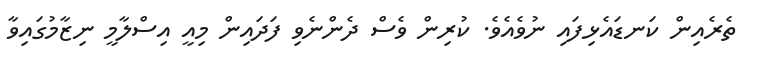
ތެރެއިން ކަނޑައެޅިފައި ނުވެއެވެ. ކުރިން ވެސް ދެންނެވި ފަދައިން މިއީ އިސްލާމީ ނިޒާމުގައިވާ